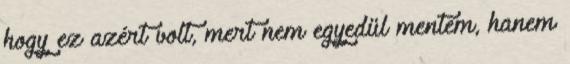
hogy ez azért volt, mert nem egyedül mentem, hanem